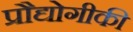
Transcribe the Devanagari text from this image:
प्रौद्योगीकी